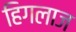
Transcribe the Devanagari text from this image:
हिगलाज